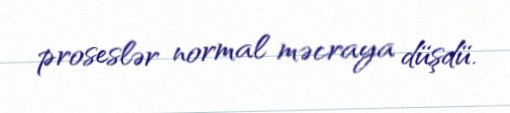
proseslər normal məcraya düşdü.